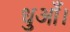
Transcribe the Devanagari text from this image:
धुआँ।